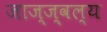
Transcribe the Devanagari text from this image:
जाज्ज्वल्य